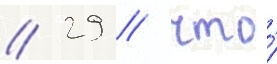
// 29 / что́